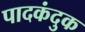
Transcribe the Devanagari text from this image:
पादकंदुक